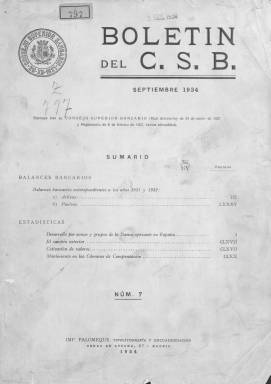
Título: Boletín del C.S.B.
Otros títulos: Boletín del Consejo Superior Bancario
Colección: Economía
Ámbito geográfico: Madrid
Lugar de publicación: Madrid
Fechas: 01/09/1934-30/04/1936